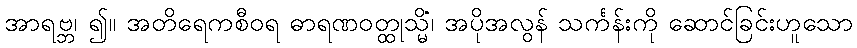
အာရဗ္ဘ၊ ၍။ အတိရေကစီဝရ ဓာရဏဝတ္ထုသ္မိံ၊ အပိုအလွန် သင်္ကန်းကို ဆောင်ခြင်းဟူသော